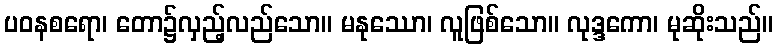
ပဝနစရော၊ တော၌လှည့်လည်သော။ မနုဿော၊ လူဖြစ်သော။ လုဒ္ဒကော၊ မုဆိုးသည်။